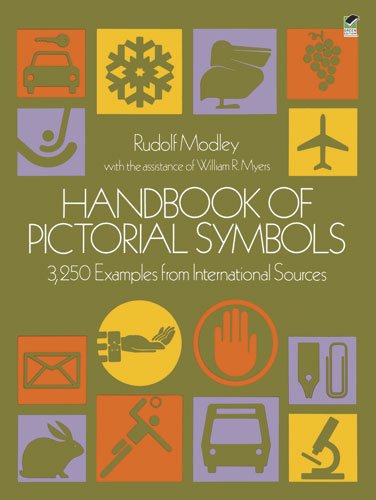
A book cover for Handbook of Pictorial Symbols (Dover Pictorial Archive); Rudolf Modley; Business & Money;